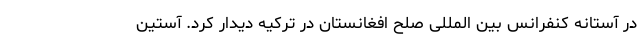
در آستانه کنفرانس بین المللی صلح افغانستان در ترکیه دیدار کرد. آستین